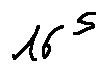
1 6 ^ { 5 }